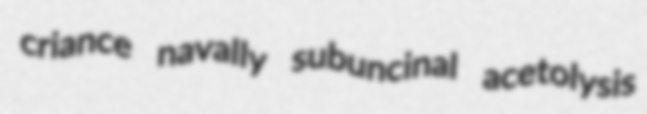
criance navally subuncinal acetolysis